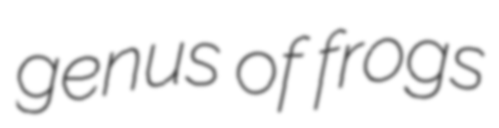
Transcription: genus of frogs